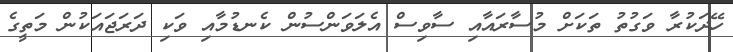
ހޭދަކުރާ ވަގުތު ތަކަށް މުސާރައާއި ސާވިސް އެލަވަންސުން ކެނޑުމާއި ވަކި ދަރަޖައަކުން މަތީގެ